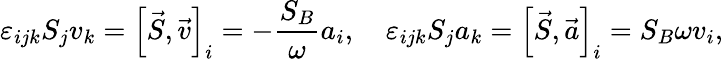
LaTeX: \varepsilon_{ijk}S_{j}v_{k}=\left[\vec{S},\vec{v}\right]_{i}=-\frac{S_{B}}{\omega}a_{i},\quad\varepsilon_{ijk}S_{j}a_{k}=\left[\vec{S},\vec{a}\right]_{i}={S_{B}}{\omega}v_{i},